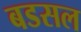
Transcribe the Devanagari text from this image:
बडसल